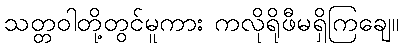
သတ္တဝါတို့တွင်မူကား ကလိုရိုဖီမရှိကြချေ။